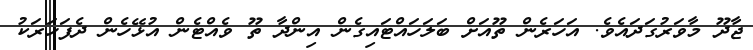
ޖާދޫ މާވަރުގަދައެވެ. އަހަރެން ތޫއަށް ބަލަހައްޓައިގެން އިންދާ ތޫ ވެއްޓެން އުޅޭހެން ދެފަހަރަކު